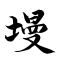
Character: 墁